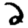
Digit: 2